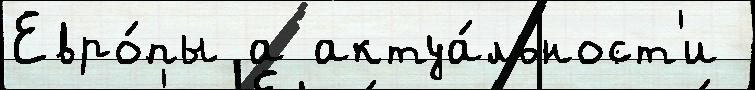
Евро́пы а актуа́льност'и